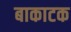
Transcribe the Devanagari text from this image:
बाकाटक